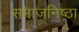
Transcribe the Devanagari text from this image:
समाजनिष्ठा